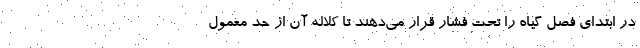
در ابتدای فصل گیاه را تحت فشار قرار می‌دهند تا کلاله آن از حد معمول